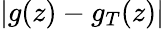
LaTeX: |g(z)-g_{T}(z)|